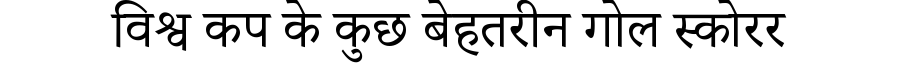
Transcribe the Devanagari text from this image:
विश्व कप के कुछ बेहतरीन गोल स्कोरर